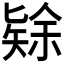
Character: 𱑅